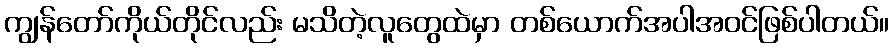
ကျွန်တော်ကိုယ်တိုင်လည်း မသိတဲ့လူတွေထဲမှာ တစ်ယောက်အပါအဝင်ဖြစ်ပါတယ်။